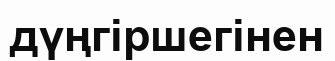
дүңгіршегінен